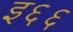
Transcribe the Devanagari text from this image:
इ६६